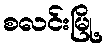
စလင်းမြို့